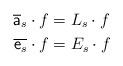
LaTeX: \begin{align*} \overline{\mathsf{a}}_{s} \cdot f & = L_s \cdot f\\ \overline{\mathsf{e}_s} \cdot f & = E_s \cdot f\end{align*}